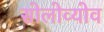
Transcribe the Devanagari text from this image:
सोलोव्योव